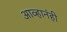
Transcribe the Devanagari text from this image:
आव्हानंही